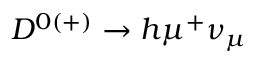
D ^ { 0 ( + ) } \to h \mu ^ { + } \nu _ { \mu }